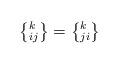
LaTeX: \begin{align*}\left\{ _{ij}^{k}\right\} =\left\{ _{ji}^{k}\right\}\end{align*}